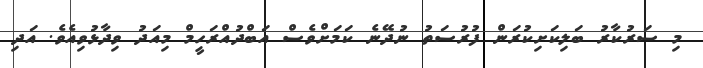
މި ސަރުކާރު ބަލިކަށިކުރަން ފުރުސަތު ނުދޭނެ ކަމަށްވެސް އަބްދުއްރަހީމް މިއަދު ވިދާޅުވިއެވެ. އަދި